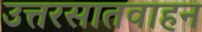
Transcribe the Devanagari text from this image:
उत्तरसातवाहन